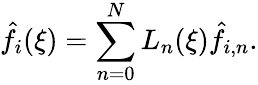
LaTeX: \hat{f}_{i}(\xi)=\sum_{n=0}^{N}L_{n}(\xi)\hat{f}_{i,n}.